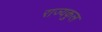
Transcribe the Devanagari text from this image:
राज्यकुल